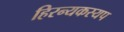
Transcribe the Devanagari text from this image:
हिरन्यकस्यप